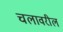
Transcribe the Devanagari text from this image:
चलावरील